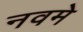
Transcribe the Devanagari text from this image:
नवमे